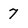
Character: 7